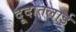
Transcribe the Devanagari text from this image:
दूदातलाई